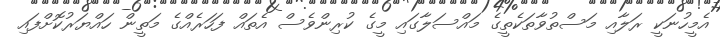
އެމީހުނަކީ ރަލާއި މަސްތުވާތަކެތީގެ މައްސަލާގައި މީގެ ކުރިންވެސް އެތައް ފަހަރެއްގެ މަތީން ހައްޔަރުކޮށްފައި